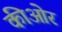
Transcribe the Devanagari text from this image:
कीओर